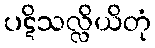
ပဋိသလ္လိယိတုံ